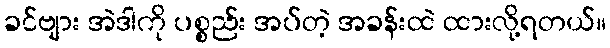
ခင်ဗျား အဲဒါကို ပစ္စည်း အပ်တဲ့ အခန်းထဲ ထားလို့ရတယ်။